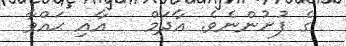
ގެ ފުށުންނެވެ. އާދަމް   އާއި ޙައްވާ